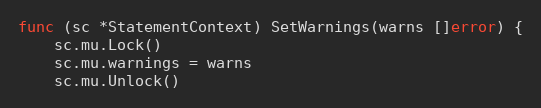
Language: Go
func (sc *StatementContext) SetWarnings(warns []error) {
	sc.mu.Lock()
	sc.mu.warnings = warns
	sc.mu.Unlock()